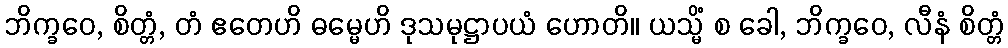
ဘိက္ခဝေ, စိတ္တံ, တံ ဧတေဟိ ဓမ္မေဟိ ဒုသမုဋ္ဌာပယံ ဟောတိ။ ယသ္မိံ စ ခေါ, ဘိက္ခဝေ, လီနံ စိတ္တံ